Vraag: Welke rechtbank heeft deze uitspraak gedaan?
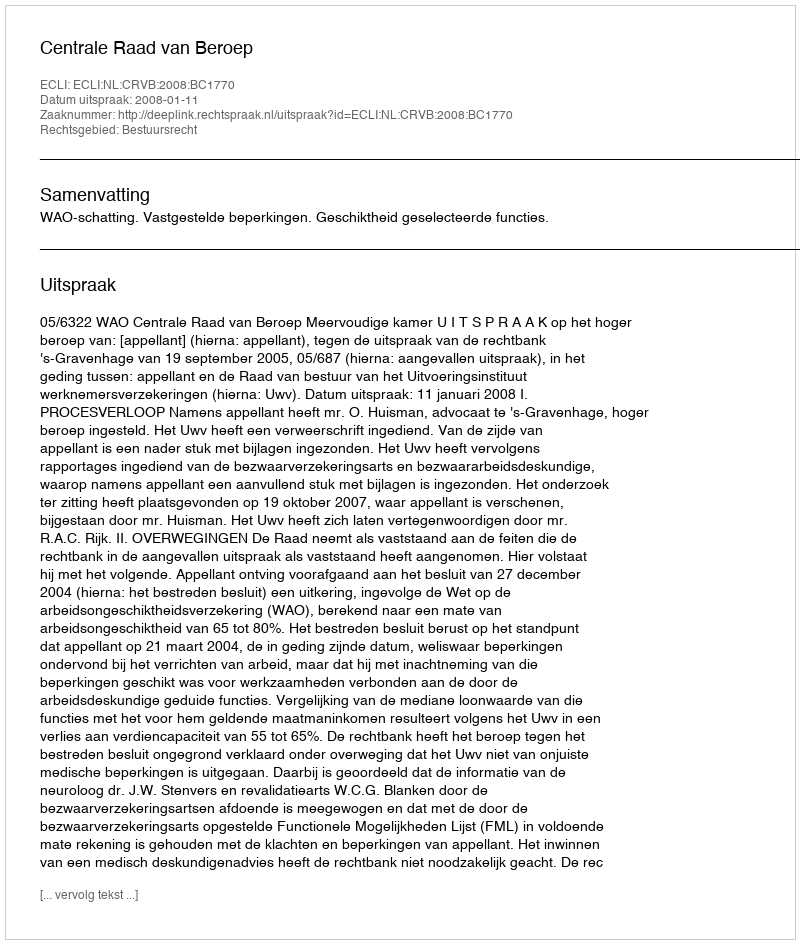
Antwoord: Centrale Raad van Beroep